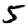
Digit: 5